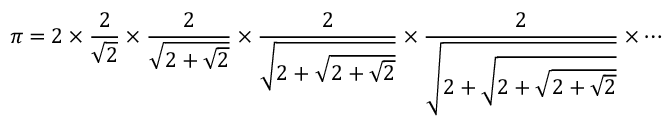
\pi = 2 \times { \frac { 2 } { \sqrt { 2 } } } \times { \frac { 2 } { \sqrt { 2 + { \sqrt { 2 } } } } } \times { \frac { 2 } { \sqrt { 2 + { \sqrt { 2 + { \sqrt { 2 } } } } } } } \times { \frac { 2 } { \sqrt { 2 + { \sqrt { 2 + { \sqrt { 2 + { \sqrt { 2 } } } } } } } } } \times \cdots